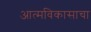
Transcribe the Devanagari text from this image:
आत्मविकासाचा